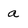
Character: a